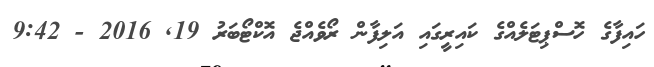
ހައިފާގެ ހޮސްޕިޓަލެއްގެ ކައިރީގައި އަލިފާން ރޯވެއްޖެ އޮކްޓޯބަރު 19